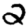
Digit: 2